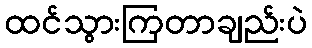
ထင်သွားကြတာချည်းပဲ